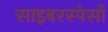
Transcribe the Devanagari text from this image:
साइबरस्पेसों